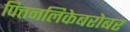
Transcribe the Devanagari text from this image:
पित्तनलिकेबरोबर